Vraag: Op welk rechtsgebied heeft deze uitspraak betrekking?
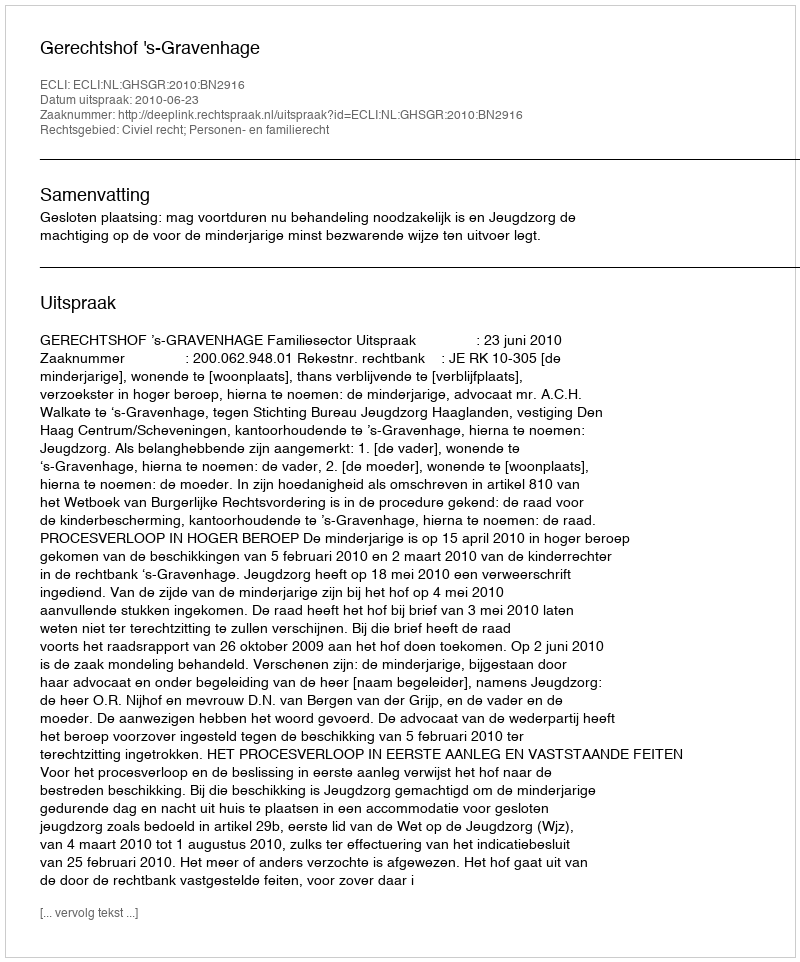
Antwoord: Civiel recht; Personen- en familierecht